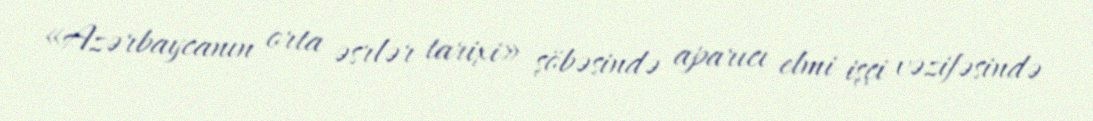
«Azərbaycanın orta əsrlər tarixi» şöbəsində aparıcı elmi işçi vəzifəsində